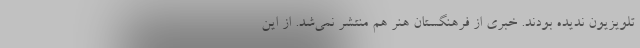
تلویزیون ندیده بودند. خبری از فرهنگستان هنر هم منتشر نمی‌شد. از این